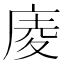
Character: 庱